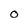
Character: O